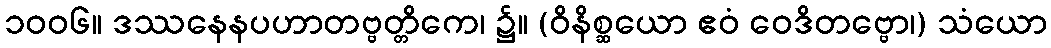
၁၀၀၆။ ဒဿနေနပဟာတဗ္ဗတ္တိကေ၊ ၌။ (ဝိနိစ္ဆယော ဧဝံ ဝေဒိတဗ္ဗော၊) သံယော